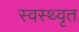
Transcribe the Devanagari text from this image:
स्वस्थ्वृत